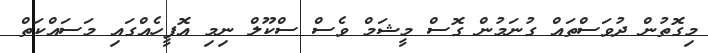
މިގޮތުން ދުވަސްތައް ގުނަމުން ގޮސް މީޝަމް ވެސް ސްކޫލް ނިމި އޮފީހެއްގައި މަސައްކަތް